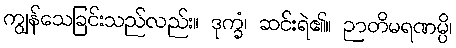
ကျွန်သေခြင်းသည်လည်း။ ဒုက္ခံ၊ ဆင်းရဲ၏။ ဉာတိမရဏမ္ပိ၊